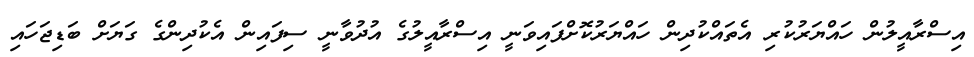
އިސްރާއީލުން ހައްޔަރުކުރި އެތައްކުދިން ހައްޔަރުކޮށްފައިވަނީ އިސްރާއީލުގެ އުދުވާނީ ސިފައިން އެކުދިންގެ ގަޔަށް ބަޑިޖަހައި